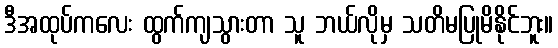
ဒီအထုပ်ကလေး ထွက်ကျသွားတာ သူ ဘယ်လိုမှ သတိမပြုမိနိုင်ဘူး။